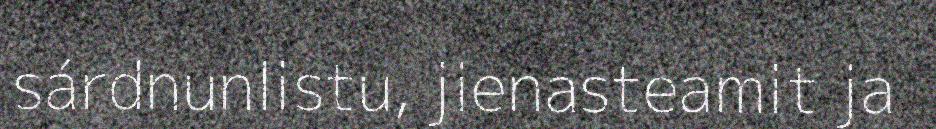
sárdnunlistu, jienasteamit ja